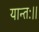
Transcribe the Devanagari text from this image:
यान्तः।।